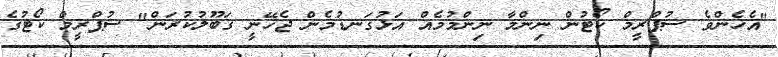
"އެހެންވެ ސުޕްރީމް ކޯޓުން ނިންމާ ނިންމުމެއް އަޅުގަނޑުމެން ޖެހޭނީ ގަބޫލުކުރަން" ސުޕްރީމް ކޯޓުގެ